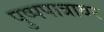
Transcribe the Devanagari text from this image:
पुष्पपात्रावर